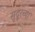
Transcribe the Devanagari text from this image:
सुदुरच्या